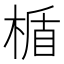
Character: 楯